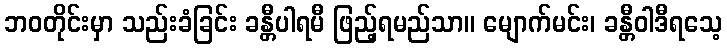
ဘဝတိုင်းမှာ သည်းခံခြင်း ခန္တီပါရမီ ဖြည့်ရမည်သာ။ မျောက်မင်း၊ ခန္တီဝါဒီရသေ့